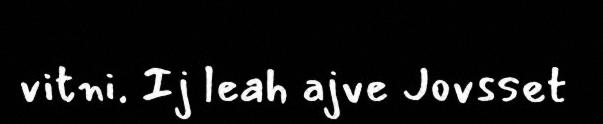
vitni. Ij leah ajve Jovsset